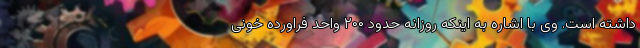
داشته است. وی با اشاره به اینکه روزانه حدود ۲۰۰ واحد فراورده خونی